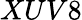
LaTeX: XUV8